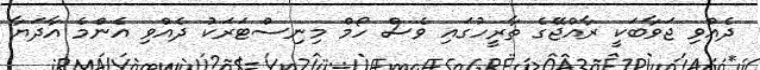
ދެއްވި ޖަވާބަކީ ރާއްޖޭގެ ތާރީހުގައި ވެސް ހޯމް މިނިސްޓަރަކު ދެއްވި އެންމެ އާދަޔާ